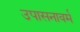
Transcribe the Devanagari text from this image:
उपासनावर्म